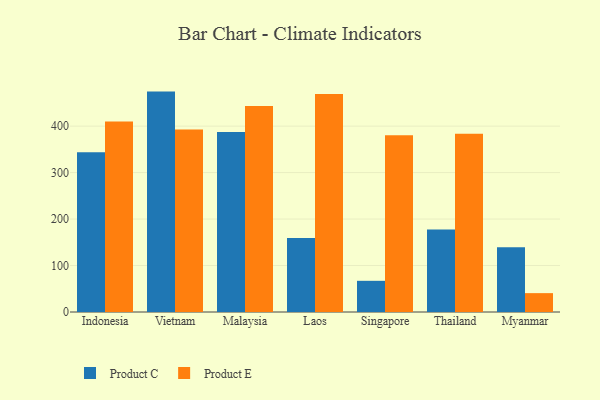
{"axis": {"x": "Country", "y": "Net Income (USD K)"}, "legend": ["Product C", "Product E"], "data": [{"x": "Indonesia", "y": 343.6, "type": "Product C"}, {"x": "Indonesia", "y": 409.7, "type": "Product E"}, {"x": "Vietnam", "y": 474.3, "type": "Product C"}, {"x": "Vietnam", "y": 392.9, "type": "Product E"}, {"x": "Malaysia", "y": 387.3, "type": "Product C"}, {"x": "Malaysia", "y": 443.3, "type": "Product E"}, {"x": "Laos", "y": 159.0, "type": "Product C"}, {"x": "Laos", "y": 468.9, "type": "Product E"}, {"x": "Singapore", "y": 67.1, "type": "Product C"}, {"x": "Singapore", "y": 380.3, "type": "Product E"}, {"x": "Thailand", "y": 177.8, "type": "Product C"}, {"x": "Thailand", "y": 383.4, "type": "Product E"}, {"x": "Myanmar", "y": 139.4, "type": "Product C"}, {"x": "Myanmar", "y": 40.6, "type": "Product E"}]}